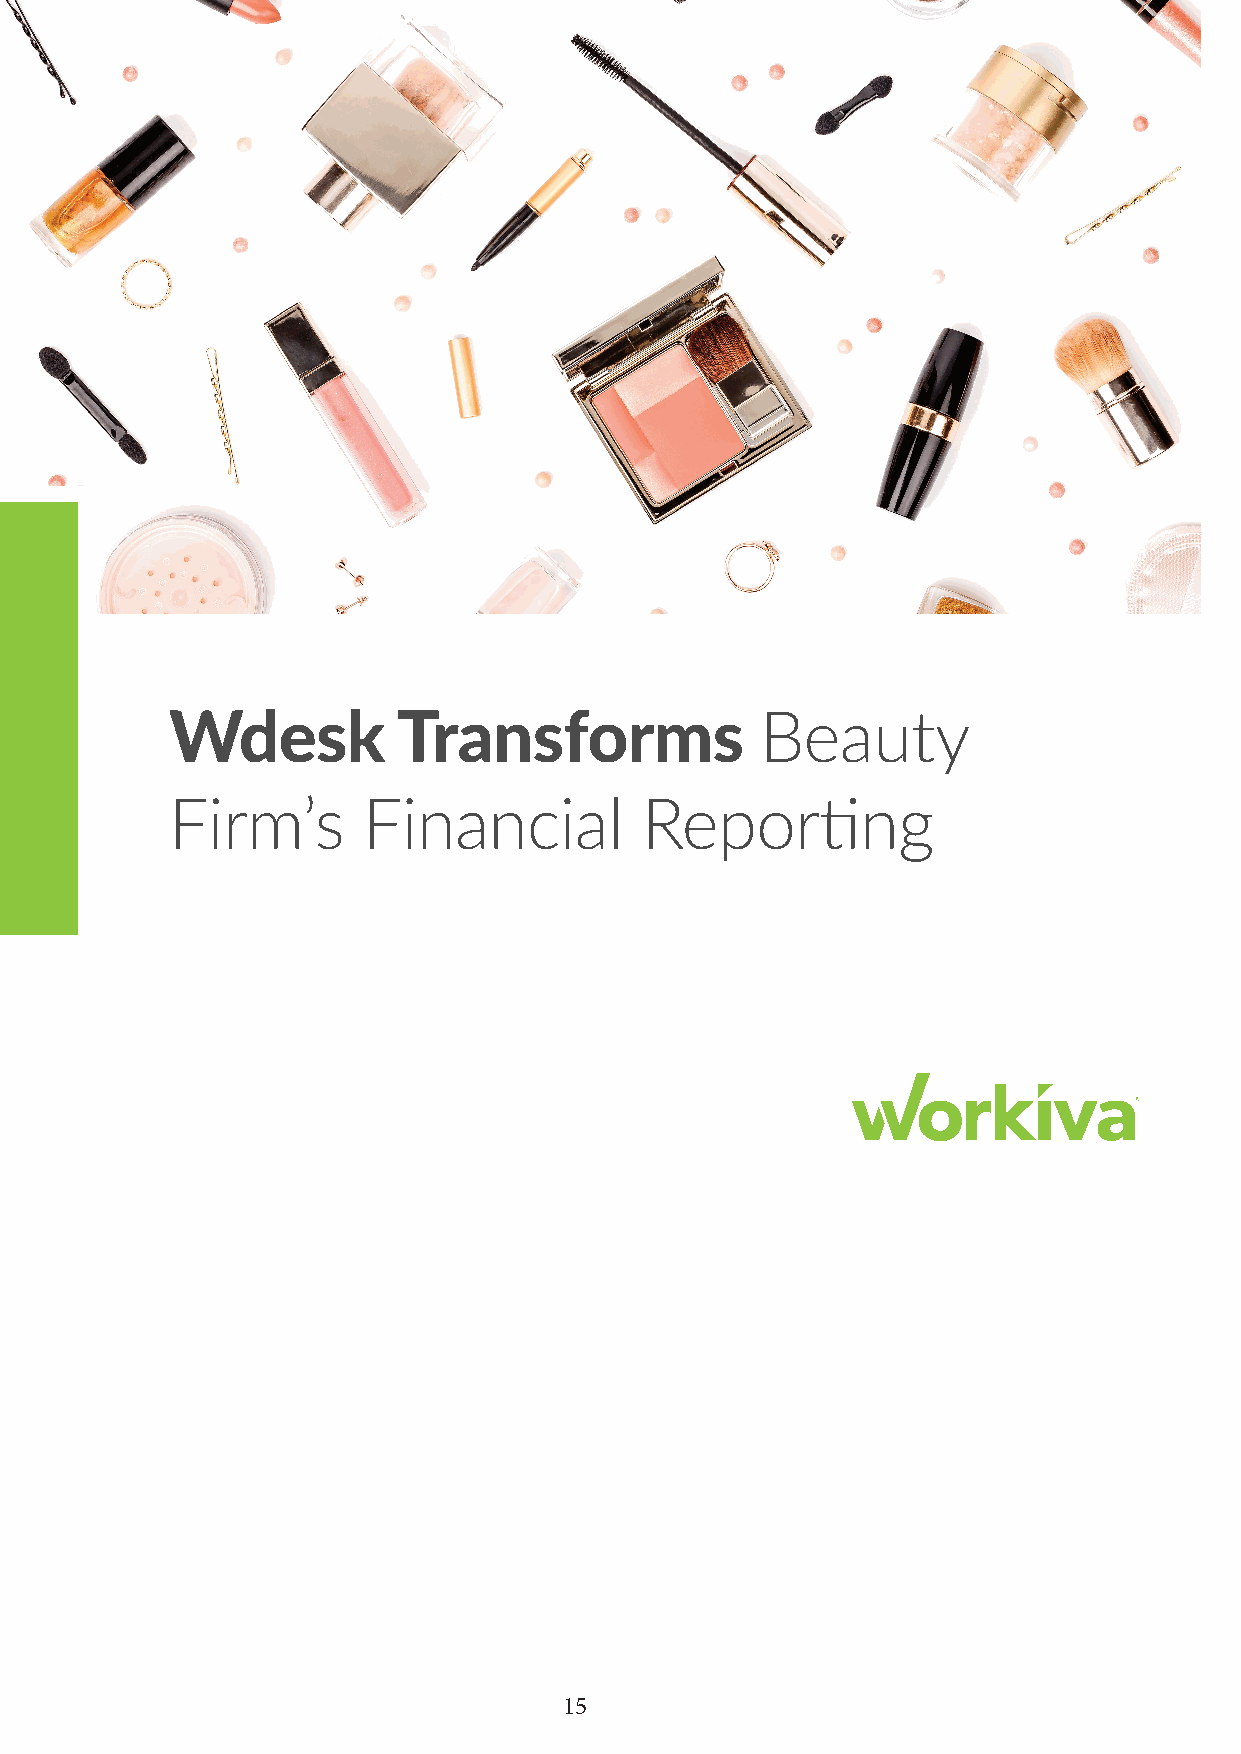
Wdesk          Transforms              Beauty
 Firm’s       Financial         Reporting
 15